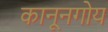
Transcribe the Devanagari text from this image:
कानूनगोय